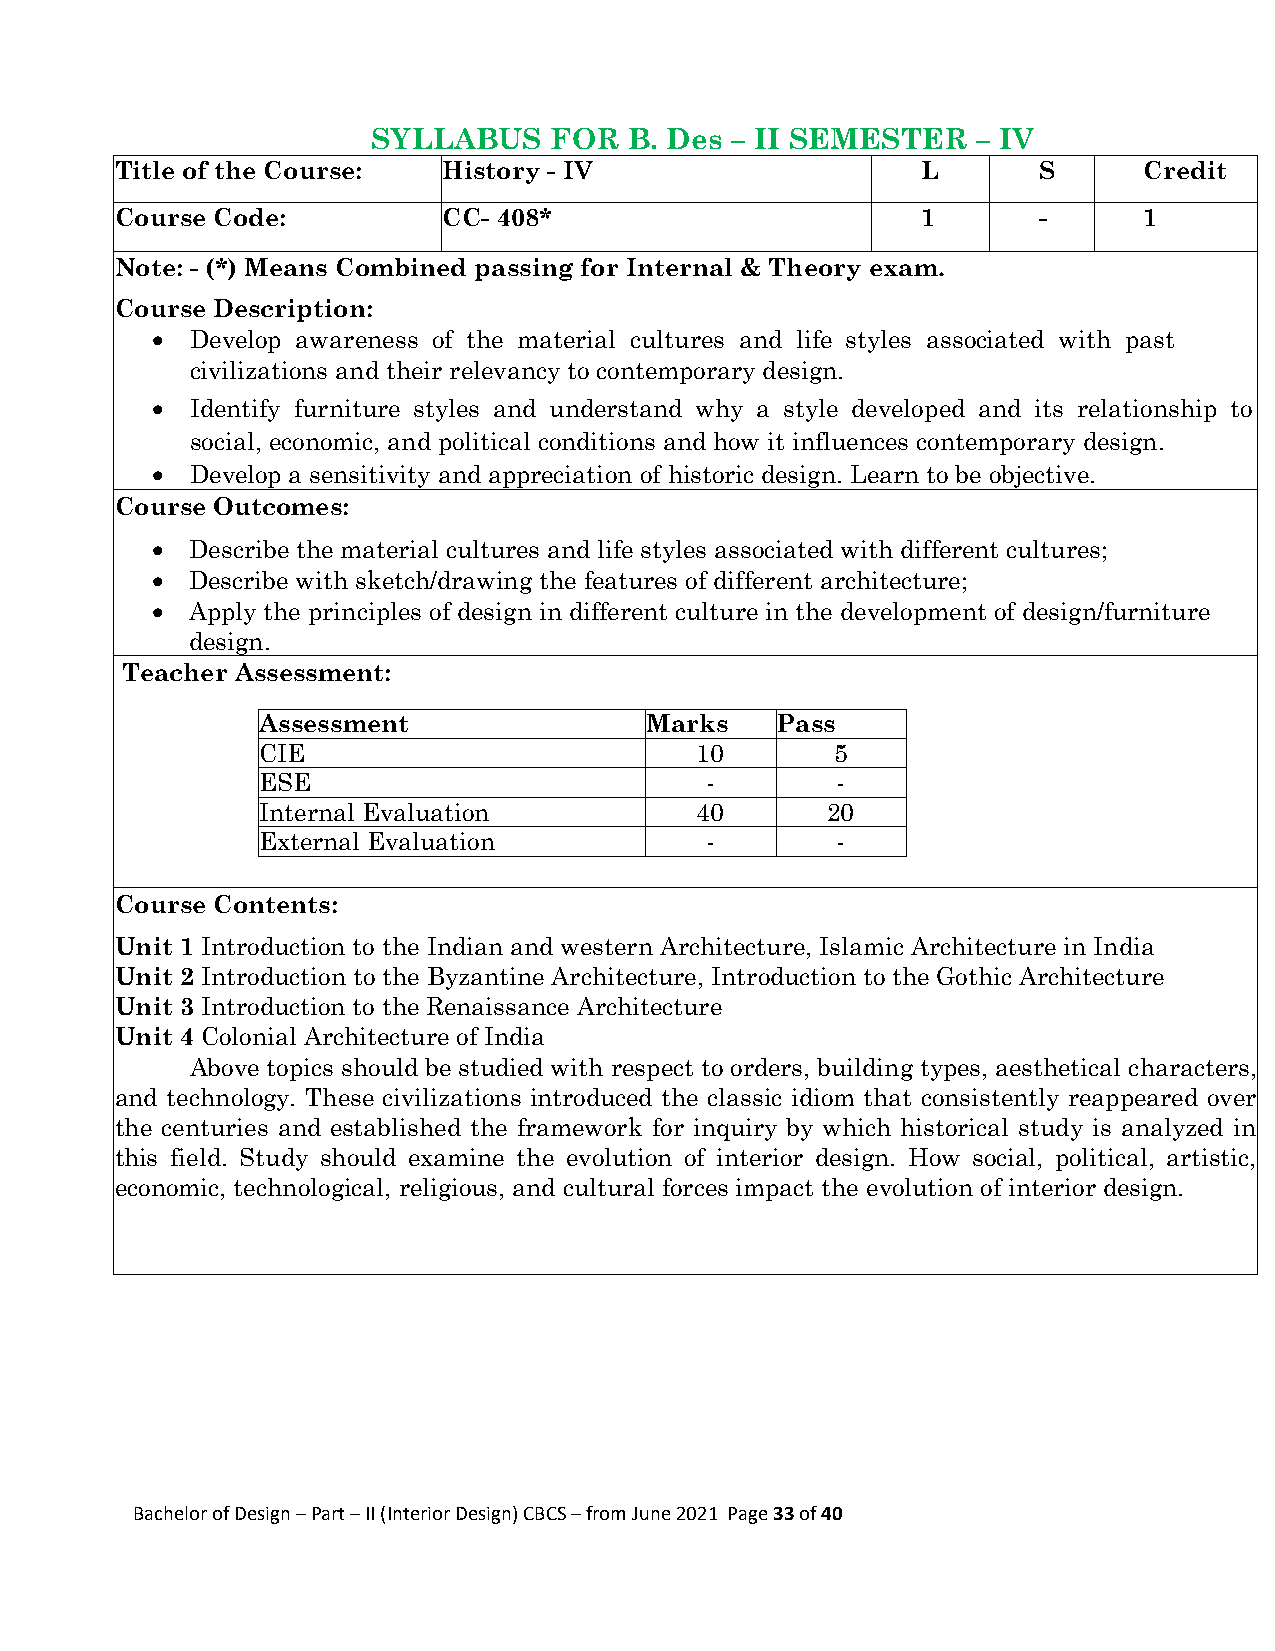
SYLLABUS   FOR   B. Des – II SEMESTER   – IV
 Title of the Course: History - IV                    L       S      Credit
 Course Code:         CC- 408*                        1       -      1
 Note: - (*) Means Combined passing for Internal & Theory exam.
 Course Description:
   Develop awareness of the material cultures and life styles associated with past
 civilizations and their relevancy to contemporary design.
   Identify furniture styles and understand why a style developed and its relationship to
 social, economic, and political conditions and how it influences contemporary design.
   Develop a sensitivity and appreciation of historic design. Learn to be objective.
 Course Outcomes:
  Describe the material cultures and life styles associated with different cultures;
  Describe with sketch/drawing the features of different architecture;
  Apply the principles of design in different culture in the development of design/furniture
 design.
 Teacher Assessment:
 Assessment                Marks   Pass
 CIE                          10       5
 ESE                           -       -
 Internal Evaluation          40       20
 External Evaluation           -       -
 Course Contents:
 Unit 1 Introduction to the Indian and western Architecture, Islamic Architecture in India
 Unit 2 Introduction to the Byzantine Architecture, Introduction to the Gothic Architecture
 Unit 3 Introduction to the Renaissance Architecture
 Unit 4 Colonial Architecture of India
 Above topics should be studied with respect to orders, building types, aesthetical characters,
 and technology. These civilizations introduced the classic idiom that consistently reappeared over
 the centuries and established the framework for inquiry by which historical study is analyzed in
 this field. Study should examine the evolution of interior design. How social, political, artistic,
 economic, technological, religious, and cultural forces impact the evolution of interior design.
 Bachelor of Design – Part – II (Interior Design) CBCS – from June 2021 Page 33 of 40